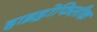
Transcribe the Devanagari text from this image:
हाइड्रोफिलीक